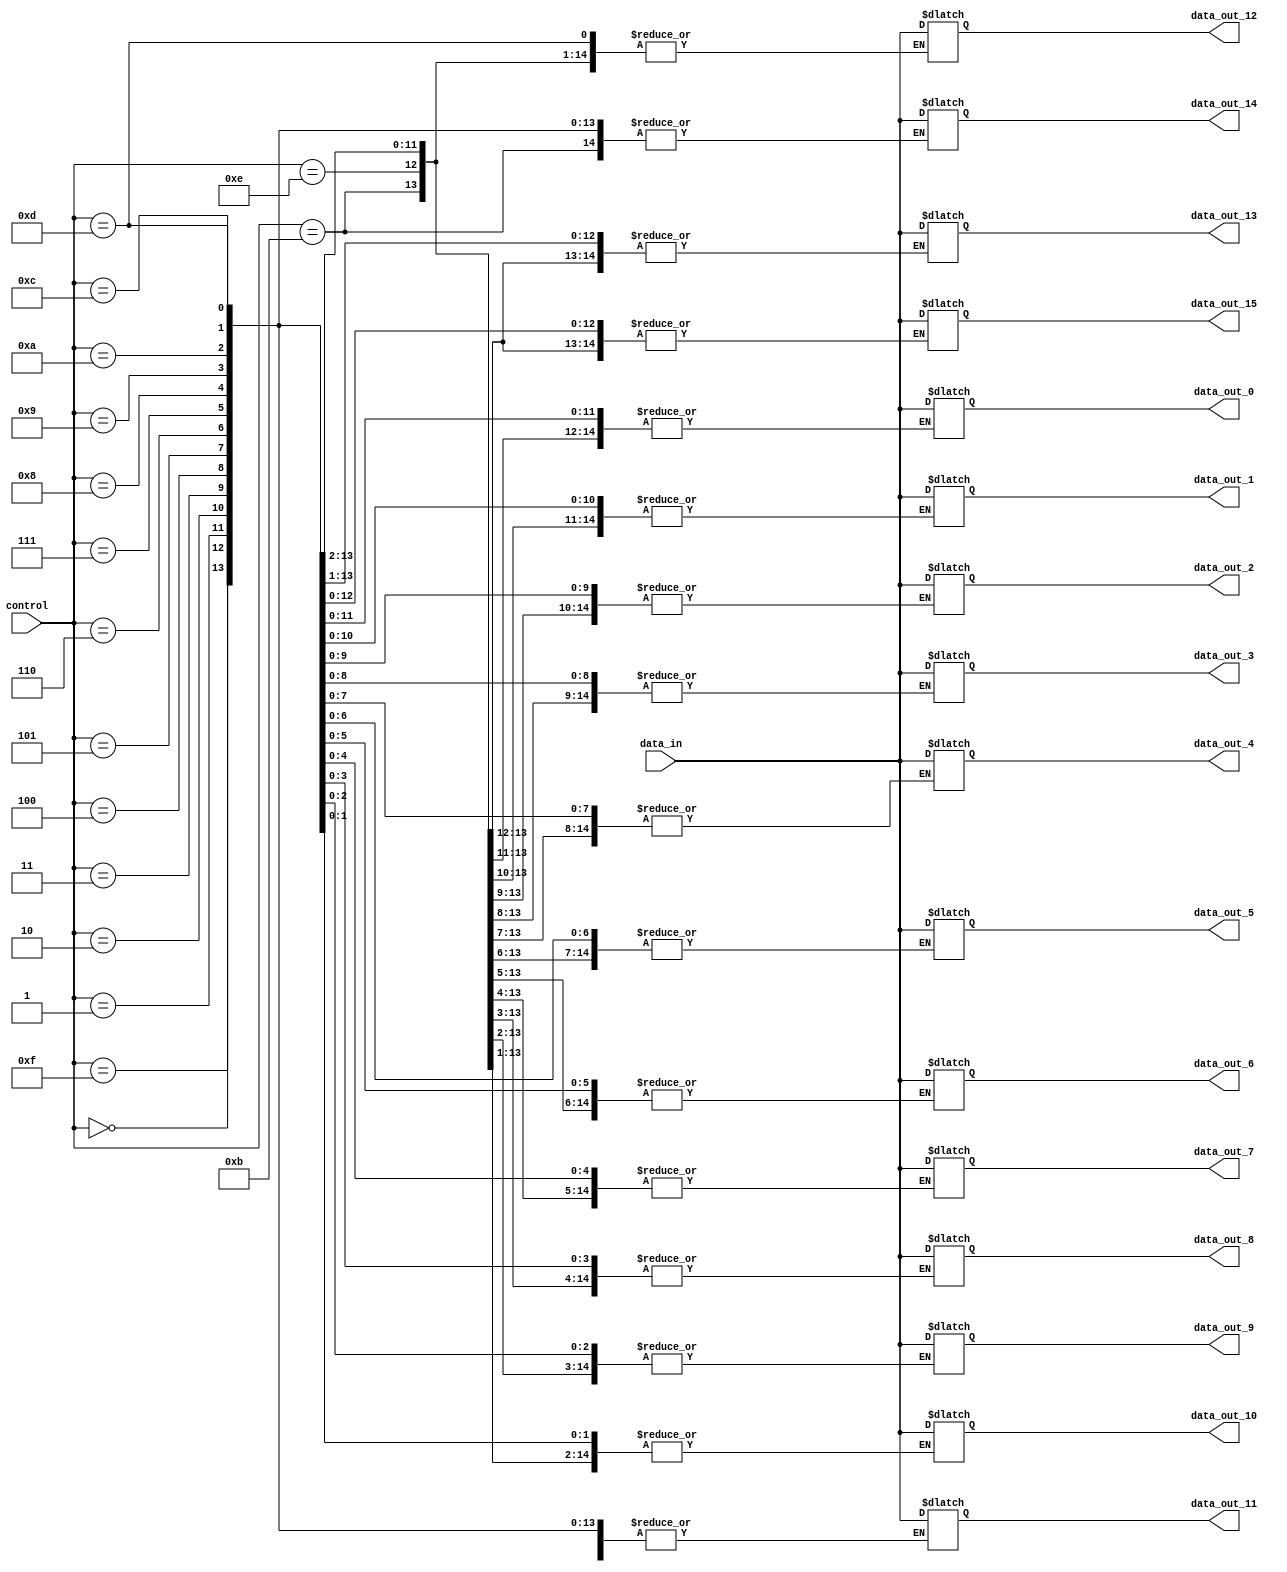
module demux_1to16 (
    input wire [3:0] control,
    input wire data_in,
    output reg data_out_0,
    output reg data_out_1,
    output reg data_out_2,
    output reg data_out_3,
    output reg data_out_4,
    output reg data_out_5,
    output reg data_out_6,
    output reg data_out_7,
    output reg data_out_8,
    output reg data_out_9,
    output reg data_out_10,
    output reg data_out_11,
    output reg data_out_12,
    output reg data_out_13,
    output reg data_out_14,
    output reg data_out_15
);

always @(*)
begin
    case (control)
        4'b0000: begin data_out_0 = data_in; end
        4'b0001: begin data_out_1 = data_in; end
        4'b0010: begin data_out_2 = data_in; end
        4'b0011: begin data_out_3 = data_in; end
        4'b0100: begin data_out_4 = data_in; end
        4'b0101: begin data_out_5 = data_in; end
        4'b0110: begin data_out_6 = data_in; end
        4'b0111: begin data_out_7 = data_in; end
        4'b1000: begin data_out_8 = data_in; end
        4'b1001: begin data_out_9 = data_in; end
        4'b1010: begin data_out_10 = data_in; end
        4'b1011: begin data_out_11 = data_in; end
        4'b1100: begin data_out_12 = data_in; end
        4'b1101: begin data_out_13 = data_in; end
        4'b1110: begin data_out_14 = data_in; end
        4'b1111: begin data_out_15 = data_in; end
        default: begin data_out_0 = 1'b0; end
    endcase
end

endmodule